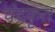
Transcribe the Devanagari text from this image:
चंद्रकृत